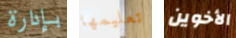
بإدارة تعليمها الأخوين